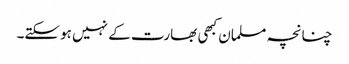
چنانچہ مسلمان کبھی بھارت کے نہیں ہوسکتے۔